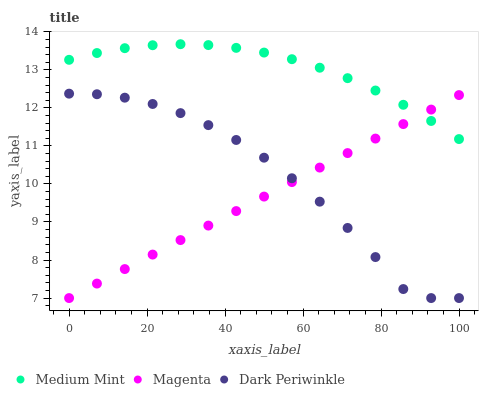
| xaxis_label | Medium Mint | Magenta | Dark Periwinkle |
 | --- | --- | --- | --- |
 | 0 | 13.3 | 7 | 12.4 |
 | 7.14 | 13.4 | 7.38 | 12.4 |
 | 14.3 | 13.6 | 7.76 | 12.3 |
 | 21.4 | 13.6 | 8.14 | 12.1 |
 | 28.6 | 13.7 | 8.52 | 11.9 |
 | 35.7 | 13.7 | 8.91 | 11.5 |
 | 42.9 | 13.6 | 9.29 | 11.2 |
 | 50 | 13.5 | 9.67 | 10.7 |
 | 57.1 | 13.3 | 10 | 10.2 |
 | 64.3 | 13.1 | 10.4 | 9.53 |
 | 71.4 | 12.8 | 10.8 | 8.84 |
 | 78.6 | 12.5 | 11.2 | 8.08 |
 | 85.7 | 12.1 | 11.6 | 7.24 |
 | 92.9 | 11.7 | 12 | 7 |
 | 100 | 11.2 | 12.3 | 7 |